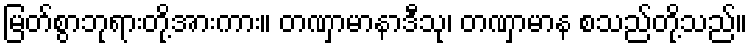
မြတ်စွာဘုရားတို့အားကား။ တဏှာမာနာဒီသု၊ တဏှာမာန စသည်တို့သည်။